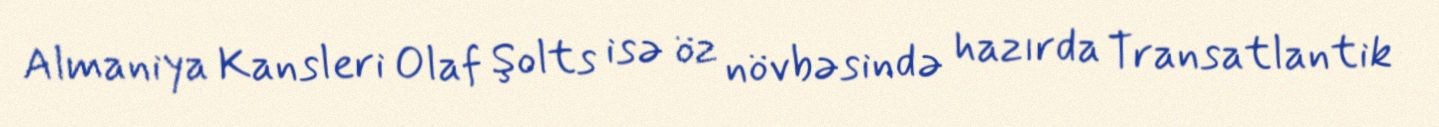
Almaniya Kansleri Olaf Şolts isə öz növbəsində hazırda Transatlantik